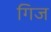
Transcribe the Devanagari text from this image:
गिज